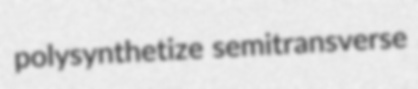
polysynthetize semitransverse